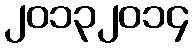
၂၀၁၃၂၀၁၄